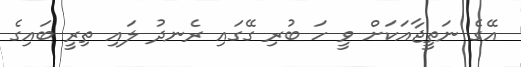
އޭގެ ނަތީޖާއަކަށް ވީ ހަ ބުރި ގޭގައި ރެނދު ލައި ތިރީ ބައިގެ